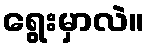
ရွေးမှာလဲ။